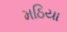
મઠિયા